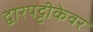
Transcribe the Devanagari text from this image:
द्वारपट्टीकेवर